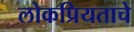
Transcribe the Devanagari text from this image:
लोकप्रियताचे